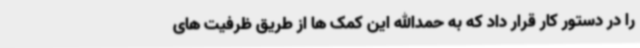
را در دستور کار قرار داد که به حمدالله این کمک ها از طریق ظرفیت های